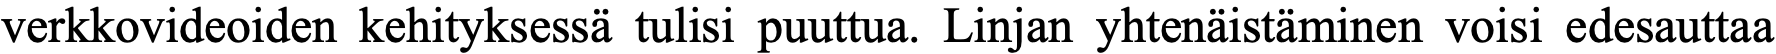
verkkovideoiden kehityksessä tulisi puuttua. Linjan yhtenäistäminen voisi edesauttaa